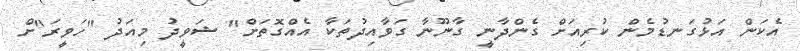
އެކަން އަޅުގަނޑުމެން ކުރިއަށް ގެންދާނީ ގާނޫނާ ގަވާއިދުތަކާ އެއްގޮތަށް" ޝަވީދު މިއަދު "ހަވީރަ"ށް